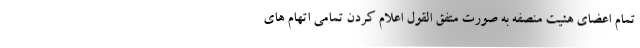
تمام اعضای هئیت منصفه به صورت متفق القول اعلام کردن تمامی اتهام های